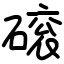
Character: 磙